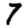
Digit: 7